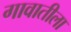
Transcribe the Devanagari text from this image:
गावातीला